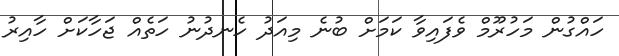
ހައްގުން މަހުރޫމް ވެފައިވާ ކަމަށް ބުނެ މިއަދު ހެނދުނު ހަތެއް ޖަހާކަށް ހާއިރު